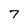
Character: 7